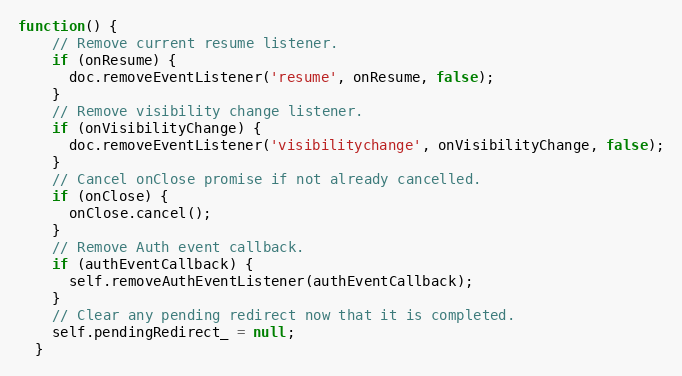
Language: JavaScript
function() {
    // Remove current resume listener.
    if (onResume) {
      doc.removeEventListener('resume', onResume, false);
    }
    // Remove visibility change listener.
    if (onVisibilityChange) {
      doc.removeEventListener('visibilitychange', onVisibilityChange, false);
    }
    // Cancel onClose promise if not already cancelled.
    if (onClose) {
      onClose.cancel();
    }
    // Remove Auth event callback.
    if (authEventCallback) {
      self.removeAuthEventListener(authEventCallback);
    }
    // Clear any pending redirect now that it is completed.
    self.pendingRedirect_ = null;
  }